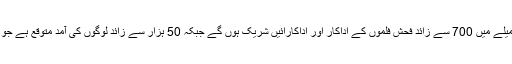
میلے کے منتظمین کا کہنا ہے کہ رواں سال اس میلے میں 700 سے زائد فحش فلموں کے اداکار اور اداکارائیں شریک ہوں گے جبکہ 50 ہزار سے زائد لوگوں کی آمد متوقع ہے جو اپنے پسندیدہ اداکاروں کو روبرو دیکھ سکیں گے۔